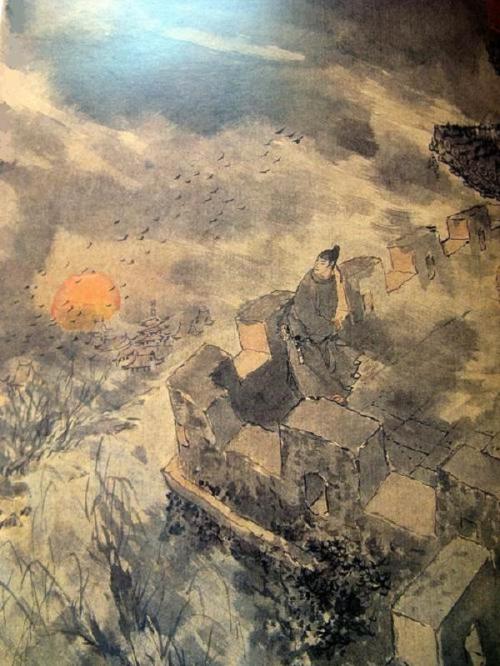
鸟下绿芜秦苑夕，蝉鸣黄叶汉宫秋。